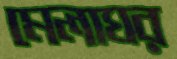
মেলাঘর